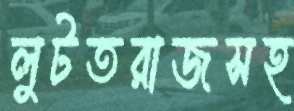
লুটতরাজসহ